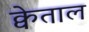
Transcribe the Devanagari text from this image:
क्वेताल